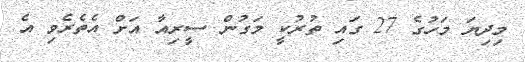
މިދިޔަ މަހުގެ 27 ގައި ތުރުކީ މަގުން ސީރިއާ އަށް އެތެރެވި އެ